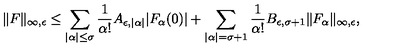
\| F \| _ { \infty , \epsilon } \leq \sum _ { | \alpha | \leq \sigma } \frac { 1 } { \alpha ! } A _ { \epsilon , | \alpha | } | F _ { \alpha } ( 0 ) | + \sum _ { | \alpha | = \sigma + 1 } \frac { 1 } { \alpha ! } B _ { \epsilon , \sigma + 1 } \| F _ { \alpha } \| _ { \infty , \epsilon } ,